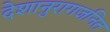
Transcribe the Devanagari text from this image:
देशानुरागजनित